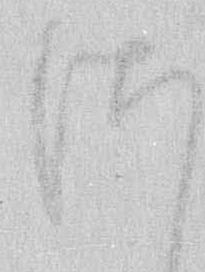
さ